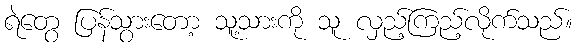
ရဲတွေ ပြန်သွားတော့ သူ့သားကို သူ လှည့်ကြည့်လိုက်သည်။